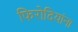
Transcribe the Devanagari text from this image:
फिरोदियांना